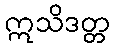
ဣသိဒတ္တ